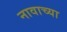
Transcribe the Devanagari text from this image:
नावाच्‍या